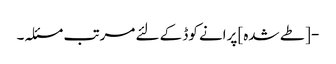
- [طے شدہ] پرانے کوڈ کے لئے مرتب مسئلہ۔